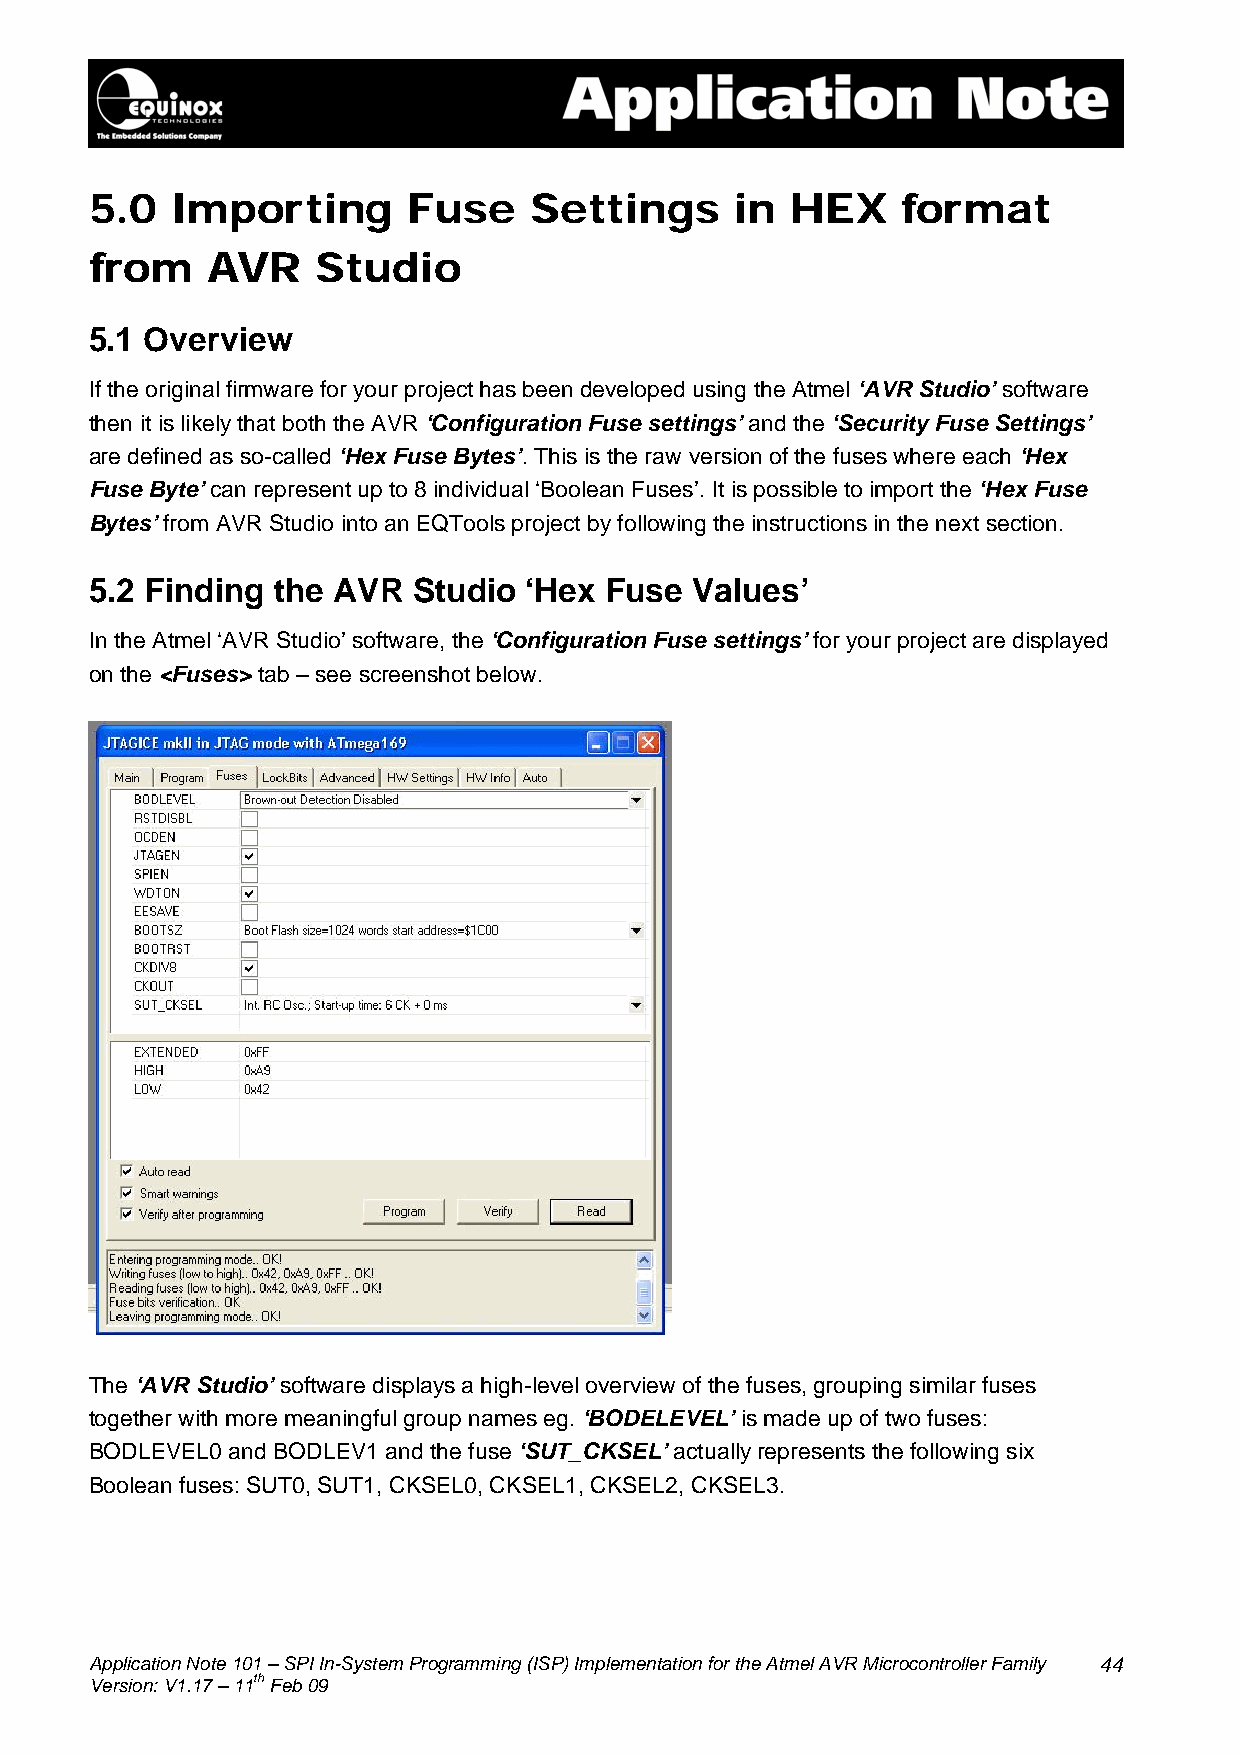
5.0  Importing       Fuse    Settings      in HEX     format
 from    AVR    Studio
 5.1 Overview
 If the original firmware for your project has been developed using the Atmel ‘AVR Studio’ software
 then it is likely that both the AVR ‘Configuration Fuse settings’ and the ‘Security Fuse Settings’
 are defined as so-called ‘Hex Fuse Bytes’. This is the raw version of the fuses where each ‘Hex
 Fuse Byte’ can represent up to 8 individual ‘Boolean Fuses’. It is possible to import the ‘Hex Fuse
 Bytes’ from AVR Studio into an EQTools project by following the instructions in the next section.
 5.2 Finding the AVR  Studio  ‘Hex Fuse  Values’
 In the Atmel ‘AVR Studio’ software, the ‘Configuration Fuse settings’ for your project are displayed
 on the <Fuses> tab – see screenshot below.
 The ‘AVR Studio’ software displays a high-level overview of the fuses, grouping similar fuses
 together with more meaningful group names eg. ‘BODELEVEL’ is made up of two fuses:
 BODLEVEL0 and BODLEV1 and the fuse ‘SUT_CKSEL’ actually represents the following six
 Boolean fuses: SUT0, SUT1, CKSEL0, CKSEL1, CKSEL2, CKSEL3.
 Application Note 101 – SPI In-System Programming (ISP) Implementation for the Atmel AVR Microcontroller Family 44
 Version: V1.17 – 11th Feb 09